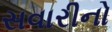
સવારીનો